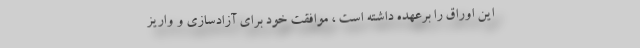
اين اوراق را برعهده داشته است ،‌ موافقت خود براي آزادسازي و واريز